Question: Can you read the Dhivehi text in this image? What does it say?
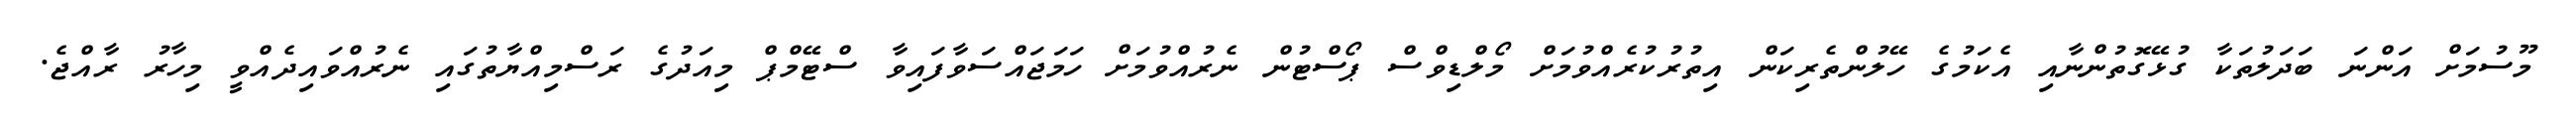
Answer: މޫސުމަށް އަންނަ ބަދަލުތަކާ ގުޅޭގޮތުންނާއި އެކަމުގެ ހޭލުންތެރިކަން އިތުރުކުރެއްވުމަށް މޯލްޑިވްސް ޕޯސްޓުން ނެރުއްވުމަށް ހަމަޖައްސަވާފައިވާ ސްޓޭމްޕް މިއަދުގެ ރަސްމިއްޔާތުގައި ނެރުއްވައިދެއްވީ މިހާރު ރާއްޖެ.